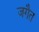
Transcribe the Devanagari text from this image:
जगैत